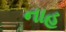
નાહ